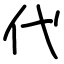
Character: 代